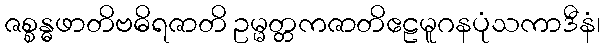
ဇစ္စန္ဓဖာတိဗဓိရဇာတိ ဥမ္မတ္တကဇာတိဧဠမူဂနပုံသကာဒီနံ၊